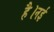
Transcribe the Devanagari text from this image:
है।नई